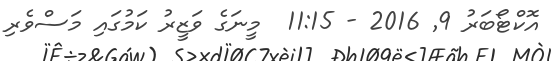
އޮކްޓޯބަރު 9